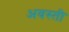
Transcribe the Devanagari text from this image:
अवस्ती